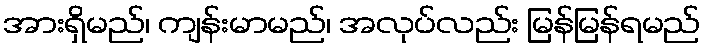
အားရှိမည်၊ ကျန်းမာမည်၊ အလုပ်လည်း မြန်မြန်ရမည်